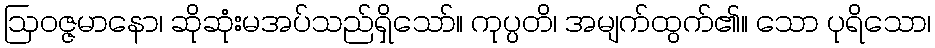
ဩဝဇ္ဇမာနော၊ ဆိုဆုံးမအပ်သည်ရှိသော်။ ကုပ္ပတိ၊ အမျက်ထွက်၏။ သော ပုရိသော၊